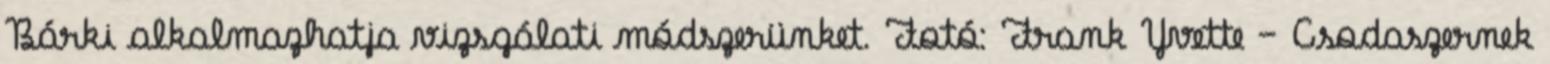
Bárki alkalmazhatja vizsgálati módszerünket. Fotó: Frank Yvette – Csodaszernek